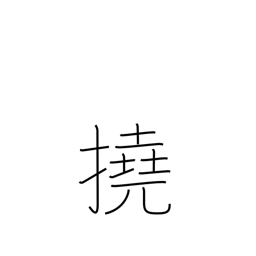
Meaning: bend